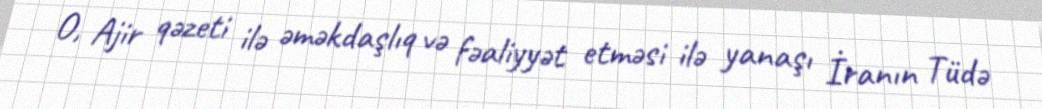
O, Ajir qəzeti ilə əməkdaşlıq və fəaliyyət etməsi ilə yanaşı İranın Tüdə